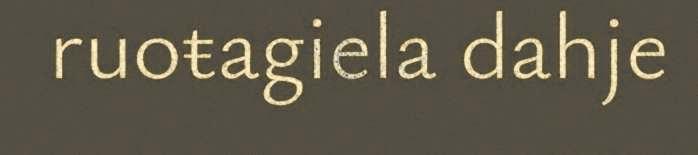
ruoŧagiela dahje